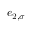
e _ { 2 , \sigma }